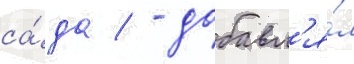
са́да / - добавл'я́л